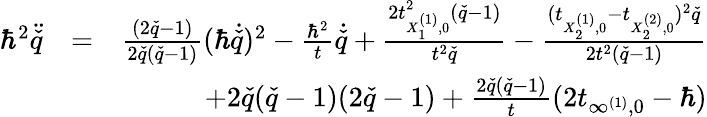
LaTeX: \begin{array}{rlr}{\hbar^{2}\ddot{\check{q}}}&{=}&{\frac{(2\check{q}-1)}{2\check{q}(\check{q}-1)}(\hbar\dot{\check{q}})^{2}-\frac{\hbar^{2}}{t}\dot{\check{q}}+\frac{2t_{X_{1}^{(1)},0}^{2}(\check{q}-1)}{t^{2}\check{q}}-\frac{(t_{X_{2}^{(1)},0}-t_{X_{2}^{(2)},0})^{2}\check{q}}{2t^{2}(\check{q}-1)}}\\ &{}&{+2\check{q}(\check{q}-1)(2\check{q}-1)+\frac{2\check{q}(\check{q}-1)}{t}(2t_{\infty^{(1)},0}-\hbar)}\end{array}